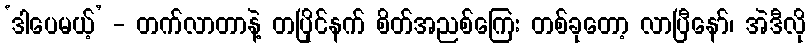
‘ဒါပေမယ့်’ - တက်လာတာနဲ့ တပြိုင်နက် စိတ်အညစ်ကြေး တစ်ခုတော့ လာပြီနော်၊ အဲဒီလို